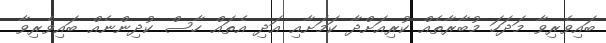
ބައިވެރިވާ މަދަހަ މުބާރާތެއް ކުރިއަށްދާ ކަމަށާއި އަދި އެތައް ހާސް ކުދިންނެއް ބައިވެރިވާ